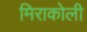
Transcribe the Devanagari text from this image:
मिराकोली